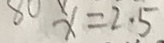
8 0 x = 2 . 5